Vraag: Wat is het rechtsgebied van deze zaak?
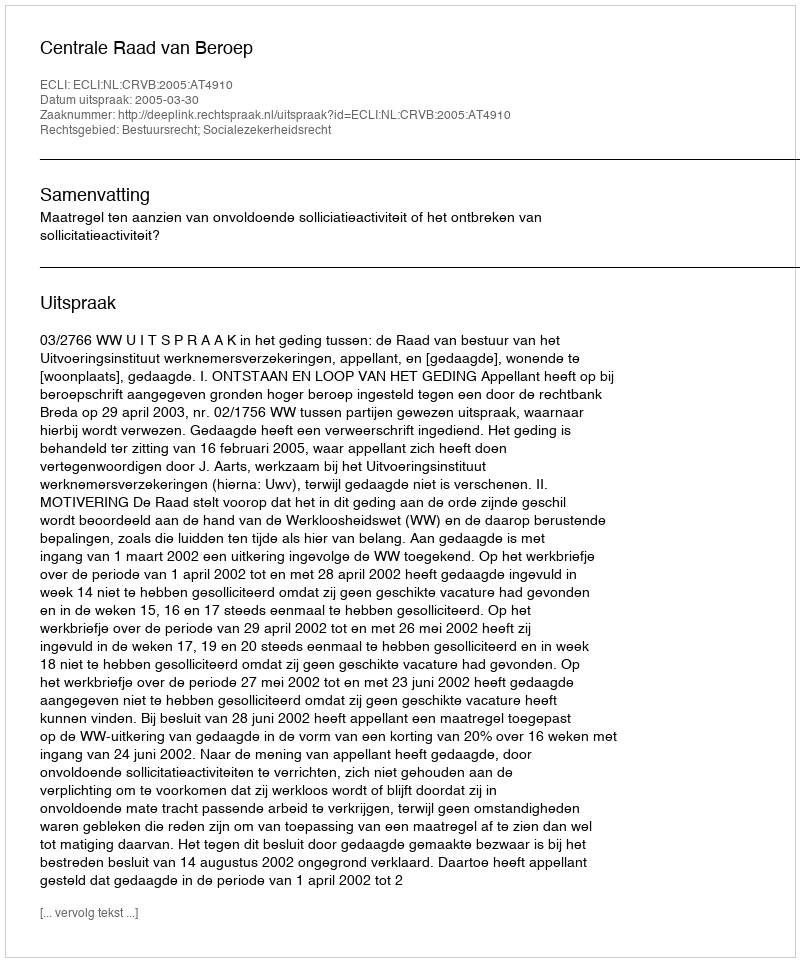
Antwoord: Bestuursrecht; Socialezekerheidsrecht